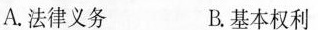
A.法律义务 B.基本权利